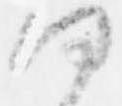
何